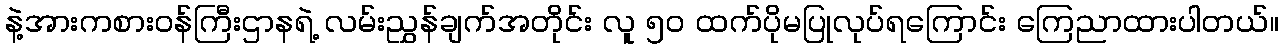
နဲ့အားကစားဝန်ကြီးဌာနရဲ့ လမ်းညွှန်ချက်အတိုင်း လူ ၅၀ ထက်ပိုမပြုလုပ်ရကြောင်း ကြေညာထားပါတယ်။